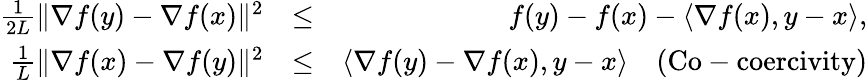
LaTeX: \begin{array}{rlr}{\frac{1}{2L}\lVert\nabla f(y)-\nabla f(x)\rVert^{2}}&{\leq}&{f(y)-f(x)-\left<\nabla f(x),y-x\right>,}\\ {\frac{1}{L}\lVert\nabla f(x)-\nabla f(y)\rVert^{2}}&{\leq}&{\left<\nabla f(y)-\nabla f(x),y-x\right>\quad(\mathrm{Co-coercivity})}\end{array}